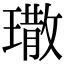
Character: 𤩀